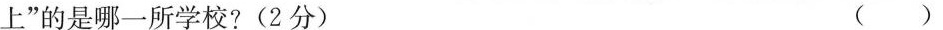
上”的是哪一所学校?(2分) ( )